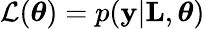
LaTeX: \mathcal{L}(\boldsymbol{\theta})=p(\textbf{y}|\textbf{L},\boldsymbol{\theta})